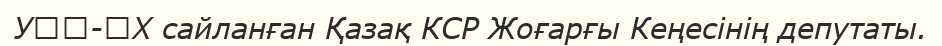
УӀӀ-ӀХ сайланған Қазақ КСР Жоғарғы Кеңесінің депутаты.